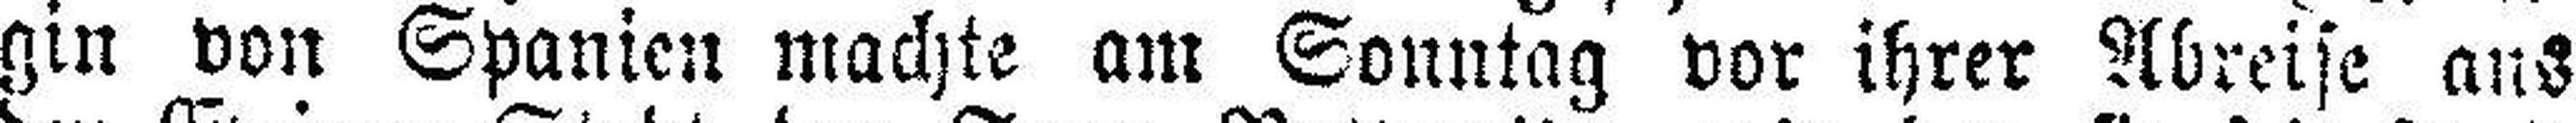
gin von Spanien machte am Sonntag vor ihrer Abreise aus